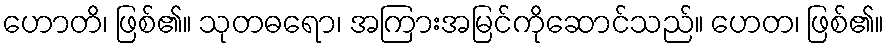
ဟောတိ၊ ဖြစ်၏။ သုတဓရော၊ အကြားအမြင်ကိုဆောင်သည်။ ဟေတ၊ ဖြစ်၏။